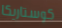
كوستاريكا